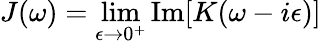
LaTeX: J(\omega)=\operatorname*{lim}_{\epsilon\rightarrow 0^{+}}\mathrm{Im}[K(\omega-i\epsilon)]